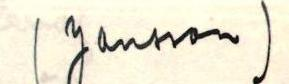
(Jansson)